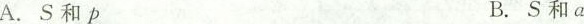
A. S和p B. S和a